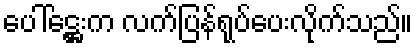
ပေါ်ဋ္ဌေးက လက်ပြန်ရုပ်ပေးလိုက်သည်။